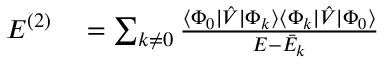
\begin{array} { r l } { E ^ { ( 2 ) } } & { { } = \sum _ { k \neq 0 } \frac { \langle \Phi _ { 0 } | \hat { V } | \Phi _ { k } \rangle \langle \Phi _ { k } | \hat { V } | \Phi _ { 0 } \rangle } { E - \bar { E } _ { k } } } \end{array}